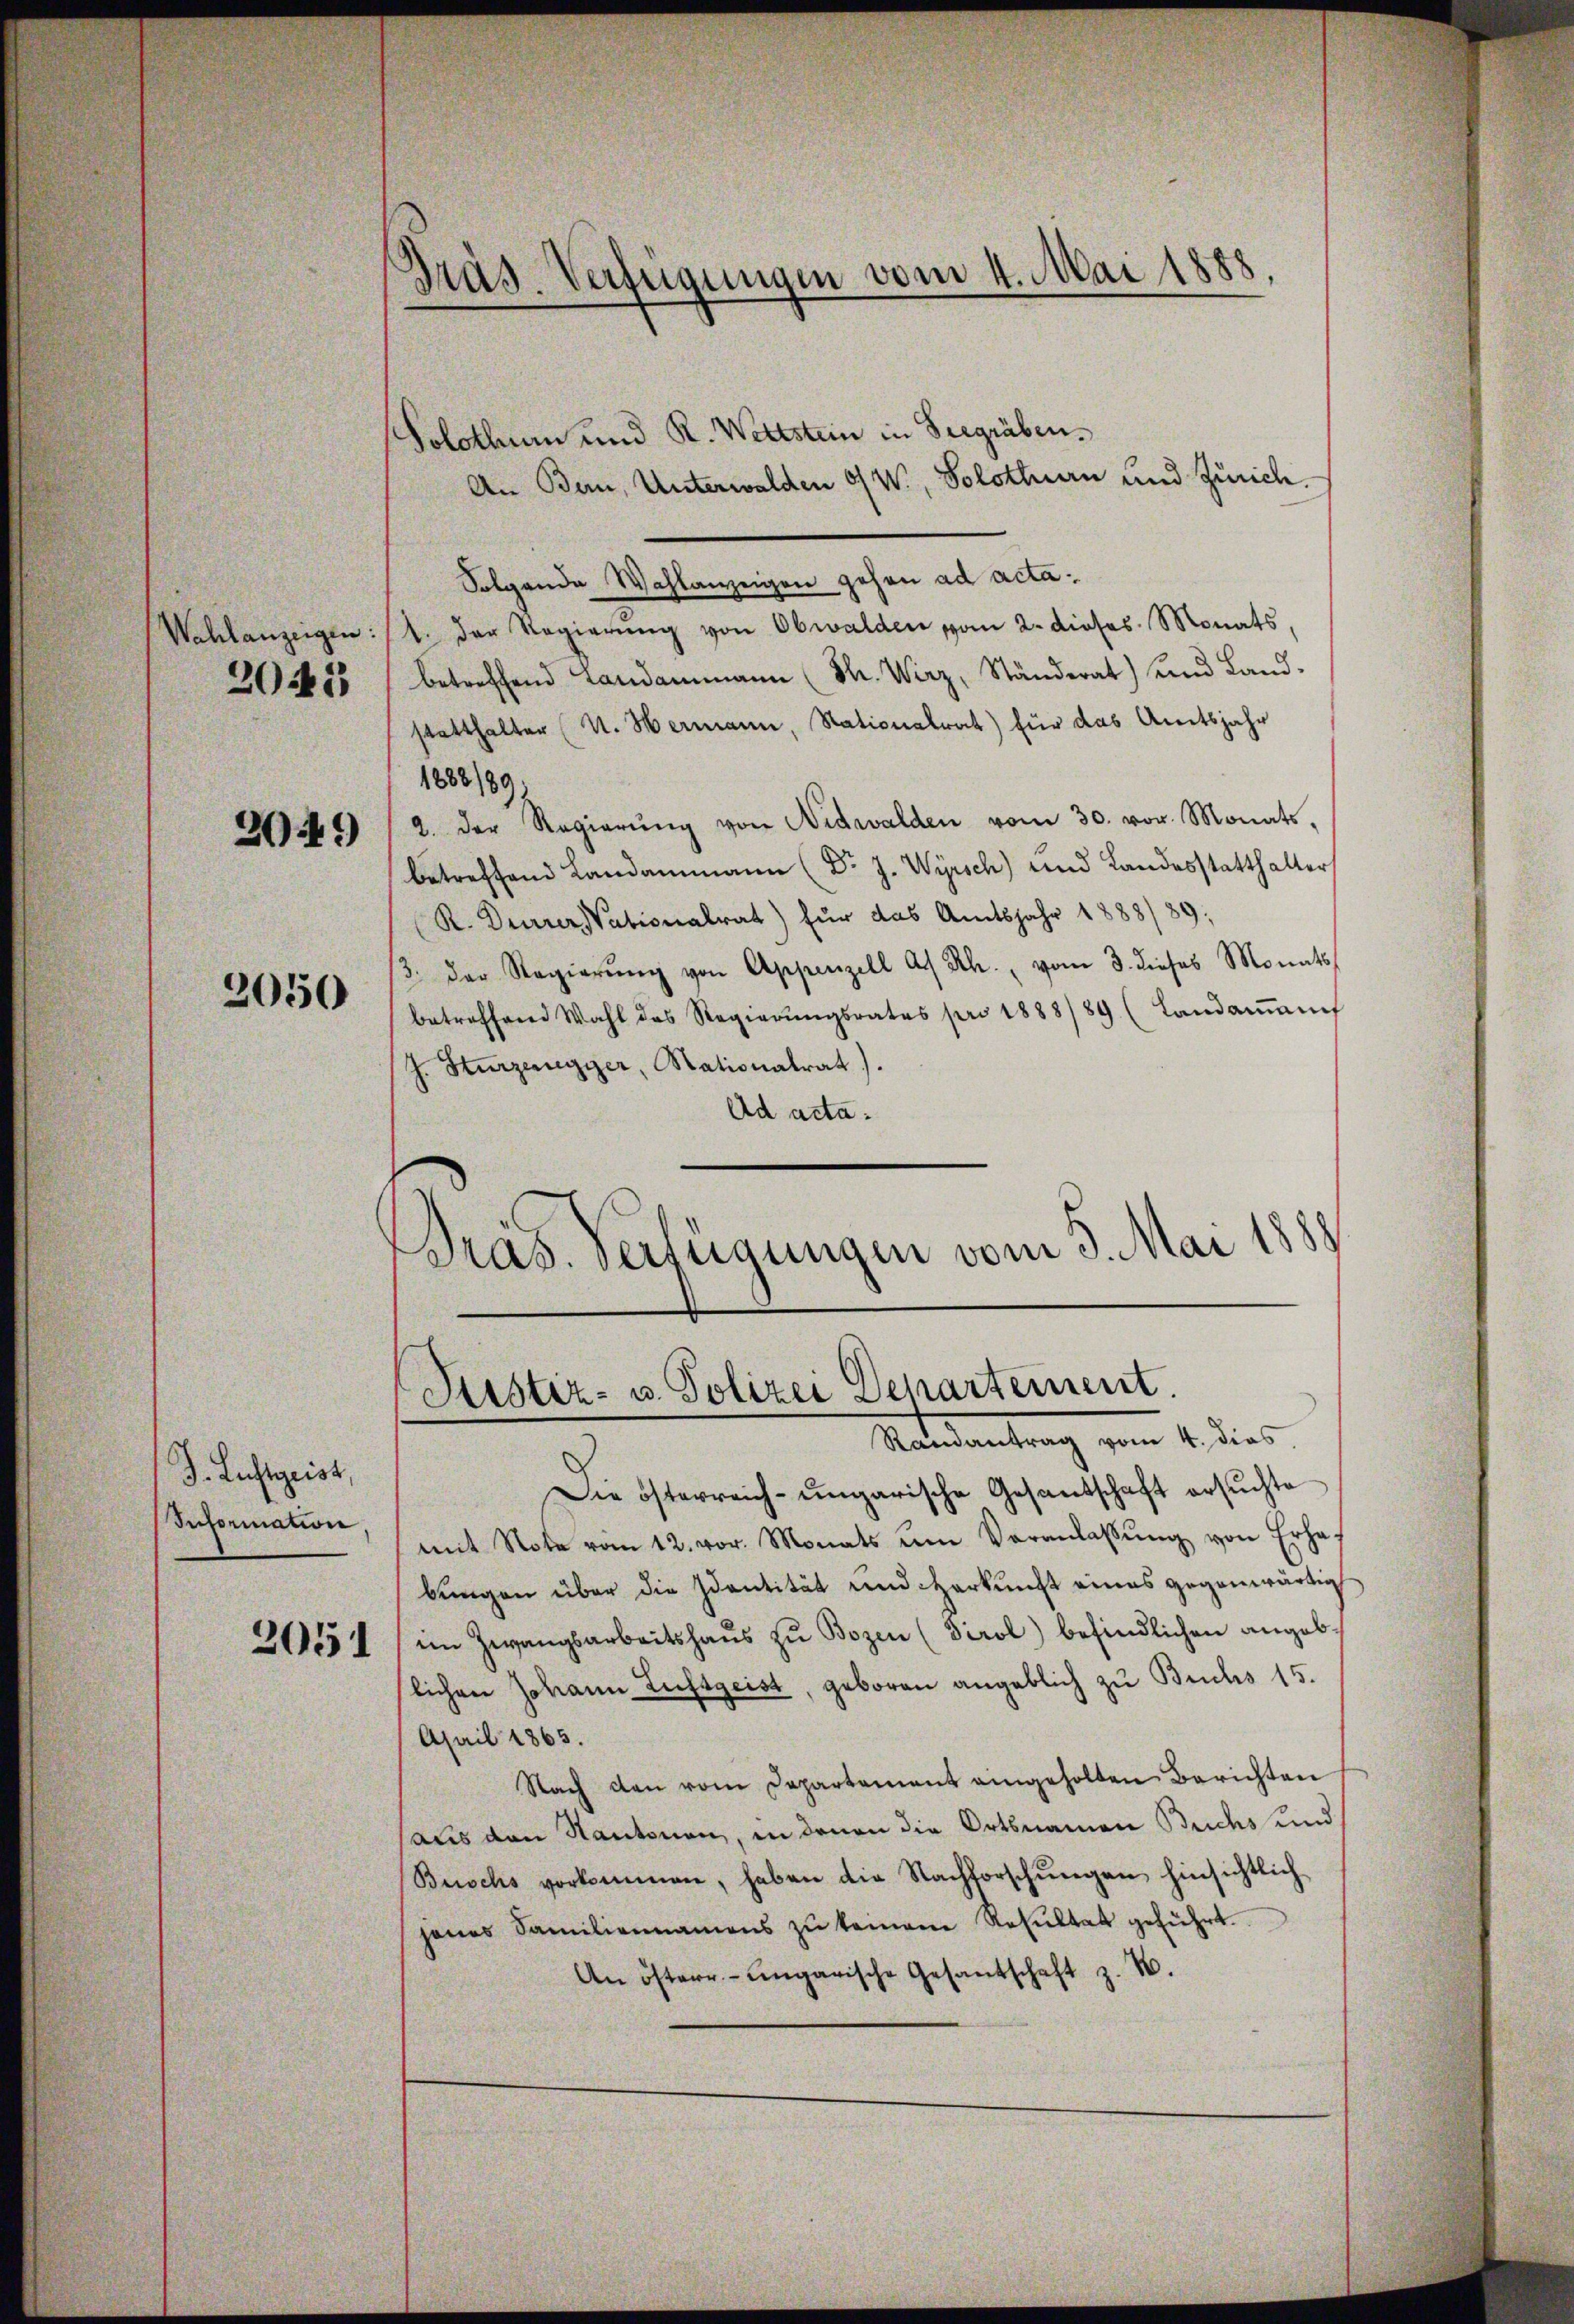
2045

20449

2050

J. Lustgeist,
Information,

2051

Präs. Verfügungen vom 4. Mai 1888.

Solothur und R. Wettstein in Seegräben¬
An Bern, Unterwalden O/W., Solothurn und Zürich.
Folgende Wahlanzeigen gehen ad acta¬
Wehlanzeigen: 1. der Regierŭng von Obwalden vom 2. dieses Monats,
betreffend Landammann (Th. Wirz, Ständerat) und Land-
statthalter (U. Hermann, Nationalrat) für das Amtsjahr
1883/89
2. der Regierŭng von Nidwalden vom 30. vor. Monats,
betreffend Landammann (Dr. J. Wyrsch) und Landesstatthalter
R. Derrer Vationalrat) für das Amtsjahr 1888/89;
/3. der Regierŭng von Appenzell A. Rh., vom 3. dieses Monats
betreffend Wahl des Regierŭngsrates pro 1888/89 (Landaṁanf
J. Sturzenegger, Stationalrat).
Ad acta.
¬
Pras. verfügungen vom 3. Mai 1888

Pristiz- u. Polizei Departement
Ratsantrag vom 1. dies

Die österreich-ungarische Gesandschaft ersuchte
mit Note vom 12. vor. Monats um Veranlassŭng von Erhaf
bungen über die Identität und Herkunft eines gegenwärtig
im Zwangsarbeitshaŭs zŭ Bozen (Tirol befindlichen angebslichen Johann Luftgeist, geboren angeblich zu Buchs 15.
April 1865.
Nach den vom Departement eingeholten Berichten
aus den Kantonen, in denen die Ortsnamen Buchs und
Buschs vorkommen, haben die Nachforschŭngen hinsichtlich
jenes Familiennamens zŭ keinem Resŭltat geführt.
An österr.-ungarische Gesandschaft z. B.